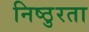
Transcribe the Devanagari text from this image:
निष्‍ठुरता